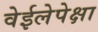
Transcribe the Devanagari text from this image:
वेईलेपेक्षा